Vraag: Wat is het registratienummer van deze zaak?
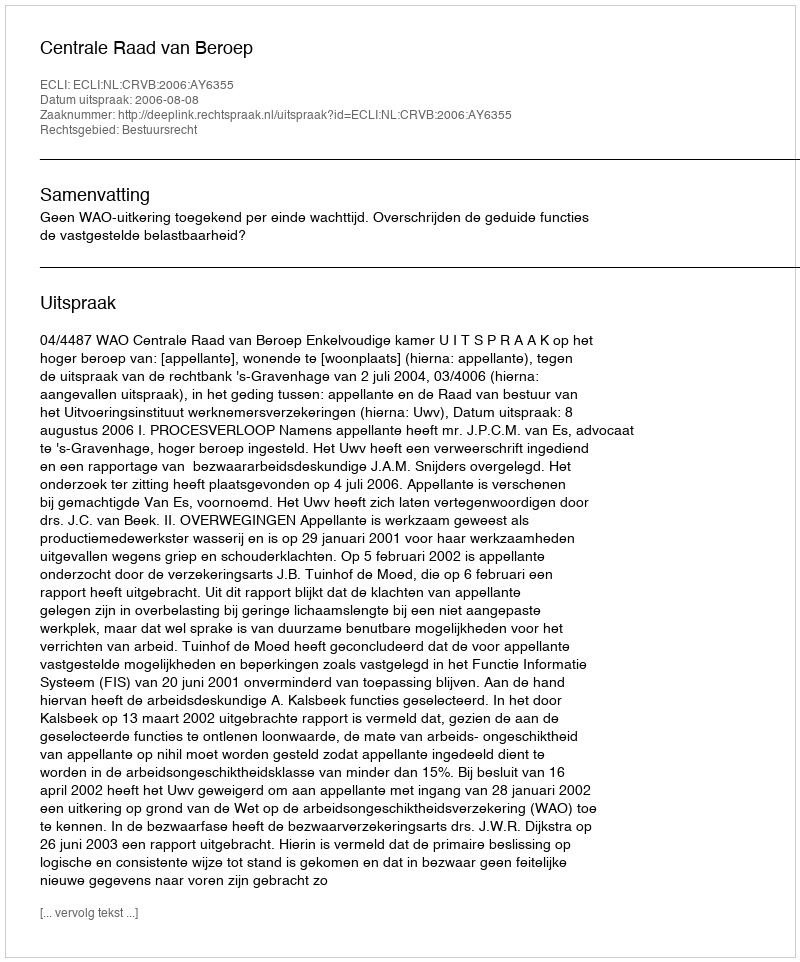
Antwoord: http://deeplink.rechtspraak.nl/uitspraak?id=ECLI:NL:CRVB:2006:AY6355